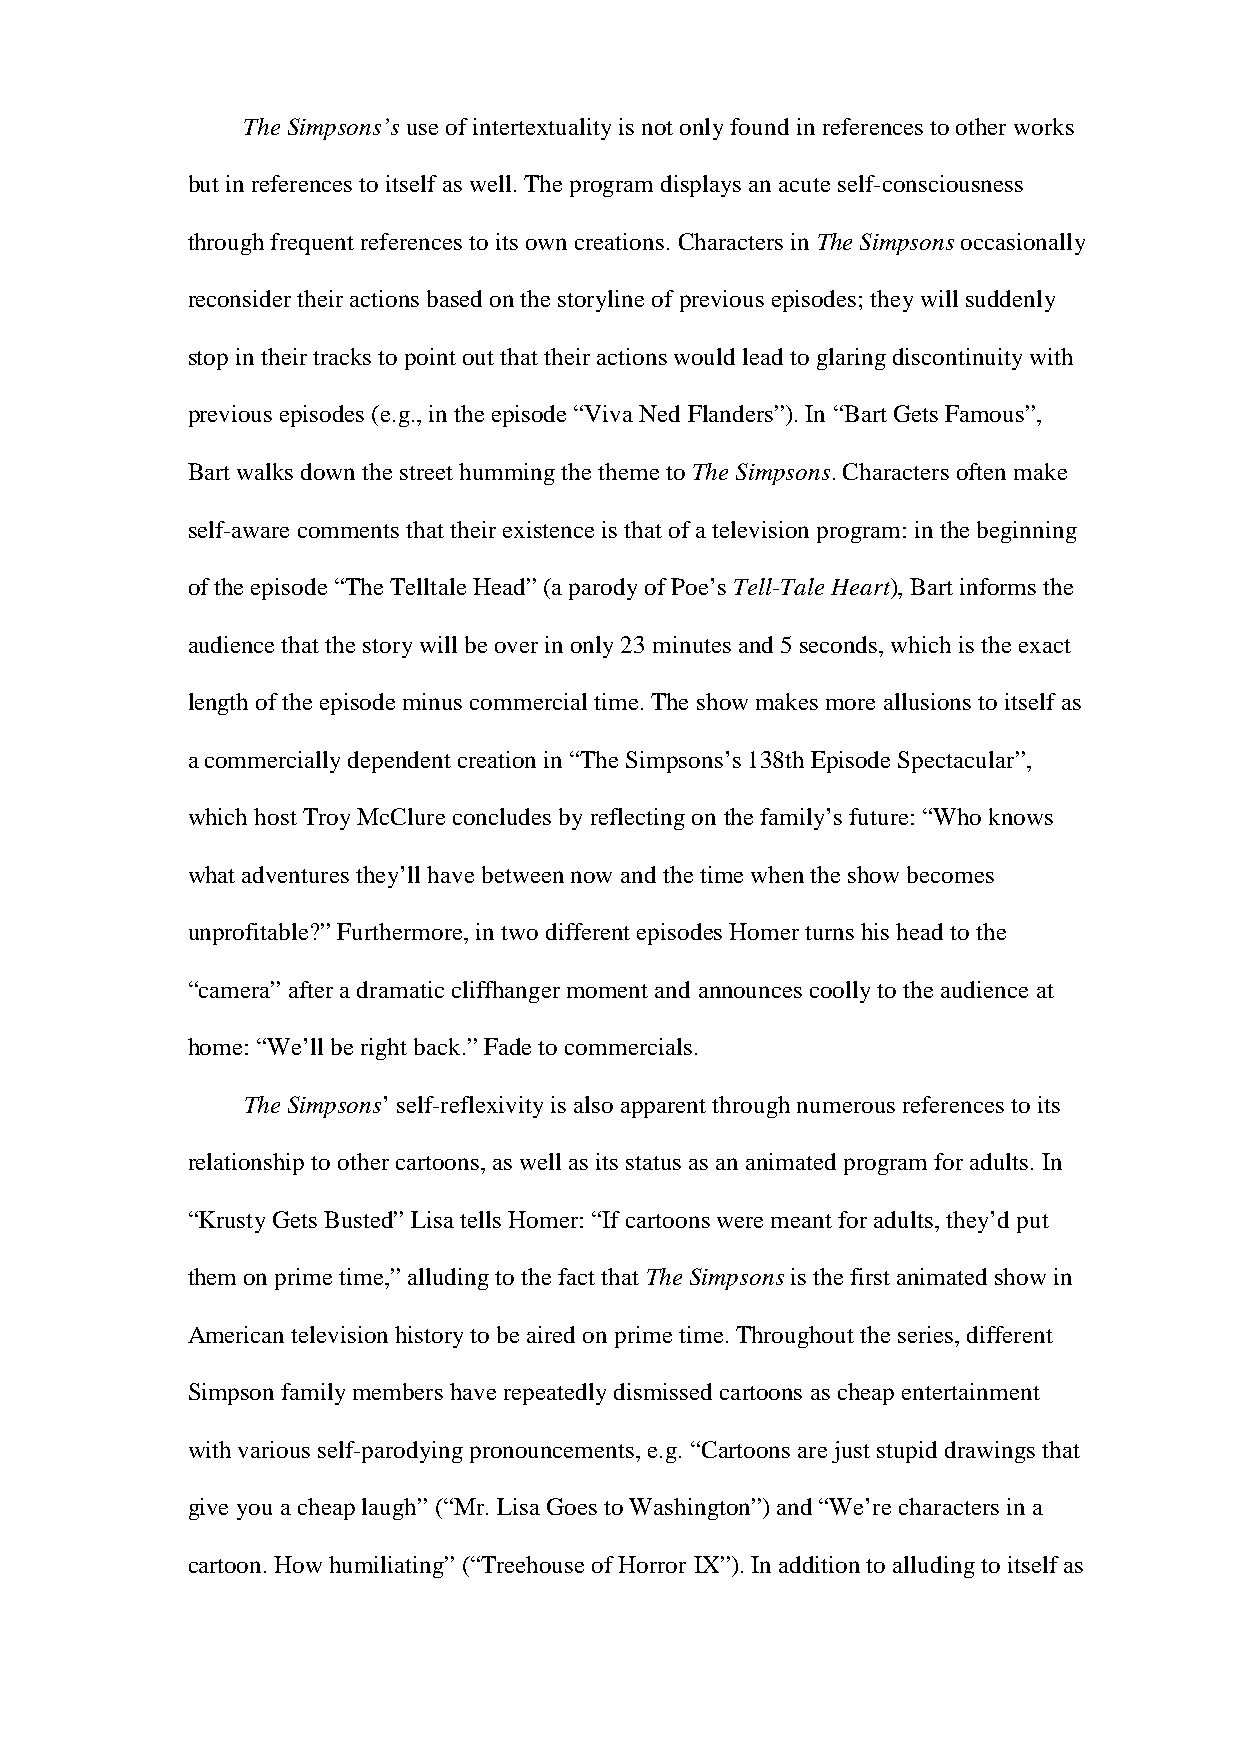
The Simpsons’s use of intertextuality is not only found in references to other works
 but in references to itself as well. The program displays an acute self-consciousness
 through frequent references to its own creations. Characters in The Simpsons occasionally
 reconsider their actions based on the storyline of previous episodes; they will suddenly
 stop in their tracks to point out that their actions would lead to glaring discontinuity with
 previous episodes (e.g., in the episode “Viva Ned Flanders”). In “Bart Gets Famous”,
 Bart walks down the street humming the theme to The Simpsons. Characters often make
 self-aware comments that their existence is that of a television program: in the beginning
 of the episode “The Telltale Head” (a parody of Poe’s Tell-Tale Heart), Bart informs the
 audience that the story will be over in only 23 minutes and 5 seconds, which is the exact
 length of the episode minus commercial time. The show makes more allusions to itself as
 a commercially dependent creation in “The Simpsons’s 138th Episode Spectacular”,
 which host Troy McClure concludes by reflecting on the family’s future: “Who knows
 what adventures they’ll have between now and the time when the show becomes
 unprofitable?” Furthermore, in two different episodes Homer turns his head to the
 “camera” after a dramatic cliffhanger moment and announces coolly to the audience at
 home: “We’ll be right back.” Fade to commercials.
 The Simpsons’ self-reflexivity is also apparent through numerous references to its
 relationship to other cartoons, as well as its status as an animated program for adults. In
 “Krusty Gets Busted” Lisa tells Homer: “If cartoons were meant for adults, they’d put
 them on prime time,” alluding to the fact that The Simpsons is the first animated show in
 American television history to be aired on prime time. Throughout the series, different
 Simpson family members have repeatedly dismissed cartoons as cheap entertainment
 with various self-parodying pronouncements, e.g. “Cartoons are just stupid drawings that
 give you a cheap laugh” (“Mr. Lisa Goes to Washington”) and “We’re characters in a
 cartoon. How humiliating” (“Treehouse of Horror IX”). In addition to alluding to itself as